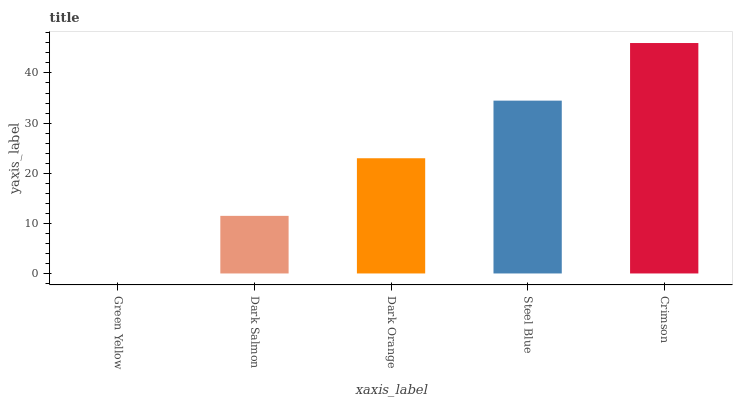
| xaxis_label | bars |
 | --- | --- |
 | Green Yellow | 0 |
 | Dark Salmon | 11.5 |
 | Dark Orange | 23 |
 | Steel Blue | 34.5 |
 | Crimson | 46 |